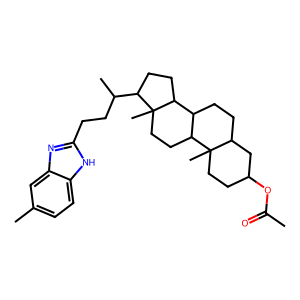
SMILES: CC(=O)OC1CCC2(C)C(CCC3C2CCC2(C)C(C(C)CCc4nc5cc(C)ccc5[nH]4)CCC32)C1
Inhibits HIV replication: No